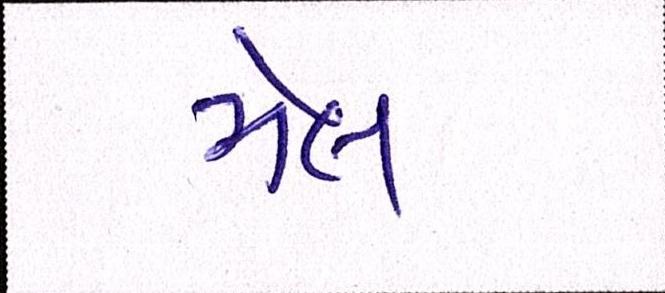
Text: મેલ